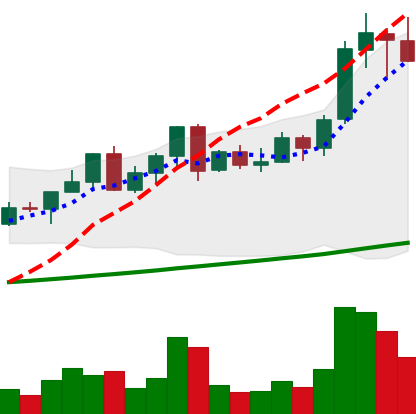
Ticker: LINK-USD
Chart end date: 2021-04-17
Forward return: -12.728%
Label: down_7plus